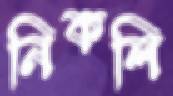
নিকলি